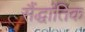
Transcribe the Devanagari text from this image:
सैंद्धांतिक